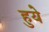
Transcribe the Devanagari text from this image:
हुयेे